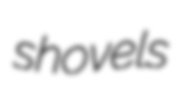
shovels